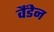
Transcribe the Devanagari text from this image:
वैंडेन